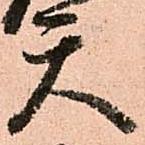
天